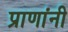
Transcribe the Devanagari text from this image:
प्राणांनी